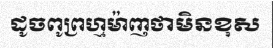
ដូចពូព្រហ្មម៉ាញថាមិនខុស